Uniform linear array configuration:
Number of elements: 12
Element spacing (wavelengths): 0.5
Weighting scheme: cosine
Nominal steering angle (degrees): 0
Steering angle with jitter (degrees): -0.9764
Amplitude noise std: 0.05
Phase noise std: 0.05

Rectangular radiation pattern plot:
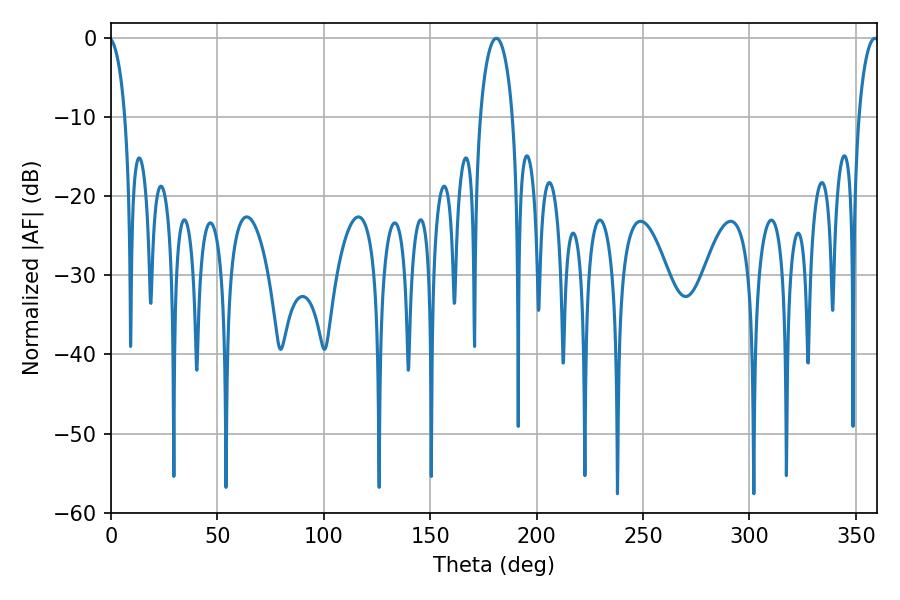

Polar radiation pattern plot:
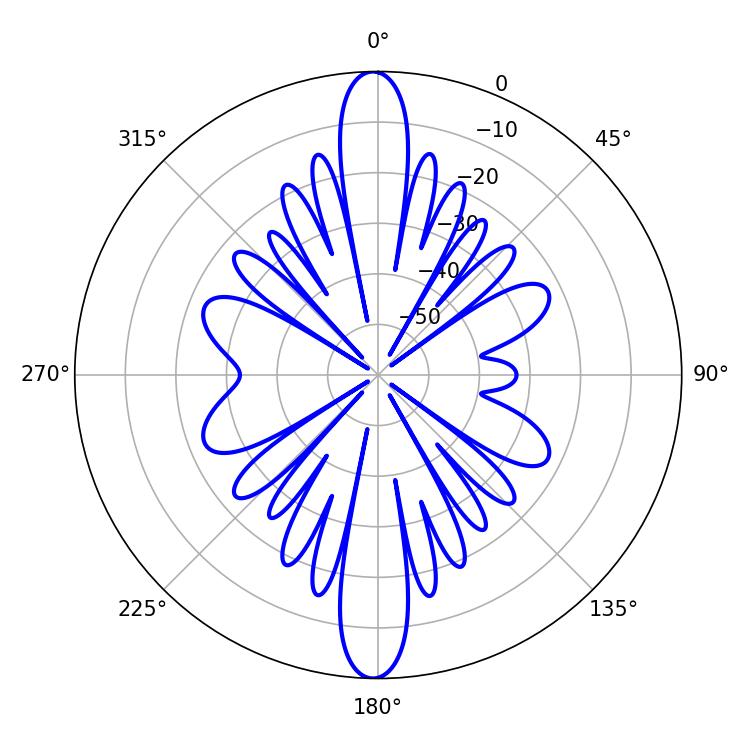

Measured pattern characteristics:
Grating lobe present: FALSE
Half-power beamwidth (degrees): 8.64
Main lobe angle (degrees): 181.08